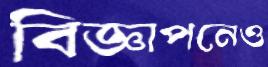
বিজ্ঞাপনেও